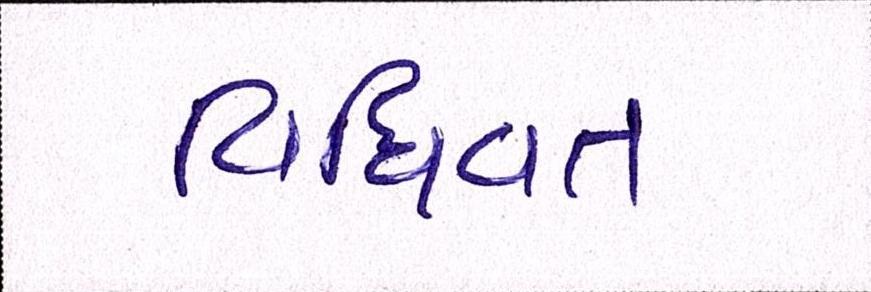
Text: વિધિવત